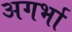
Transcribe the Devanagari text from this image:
अगर्भा